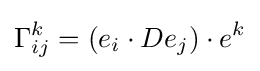
\Gamma _{ij}^{k}=(e_{i}\cdot De_{j})\cdot e^{k}